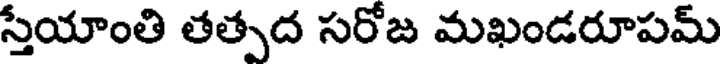
స్తేయాంతి తత్పద సరోజ మఖండరూపమ్